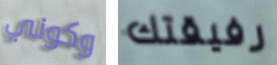
وكوني رفيقتك